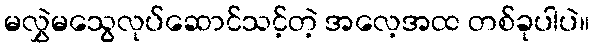
မလွှဲမသွေလုပ်ဆောင်သင့်တဲ့ အလေ့အထ တစ်ခုပါပဲ။